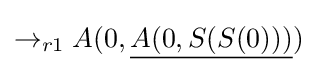
\rightarrow _{r1}A(0,{\underline {A(0,S(S(0)))}})